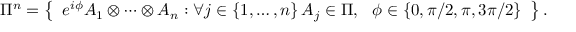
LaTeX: \Pi ^ { n } = \left\{ { \begin{array} { c } { e ^ { i \phi } A _ { 1 } \otimes \cdots \otimes A _ { n } : \forall j \in \left\{ 1 , \ldots , n \right\} A _ { j } \in \Pi , \ \ \phi \in \left\{ 0 , \pi / 2 , \pi , 3 \pi / 2 \right\} } \end{array} } \right\} .